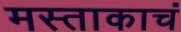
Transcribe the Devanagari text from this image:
मस्ताकाचं